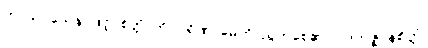
ကာယဝသေန၊ ဖြင့်။ စိတ္တံ၊ ကို။ ပရိဏာမေတိ၊ ညွတ်စေ၏။ ပါဒကဇ္ဈာနစိတ္တံ၊